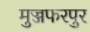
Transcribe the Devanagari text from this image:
मुज्जफरपुर